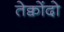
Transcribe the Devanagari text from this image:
तेक्वोंदो